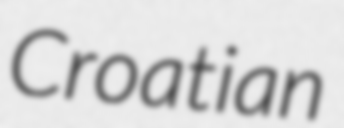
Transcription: Croatian